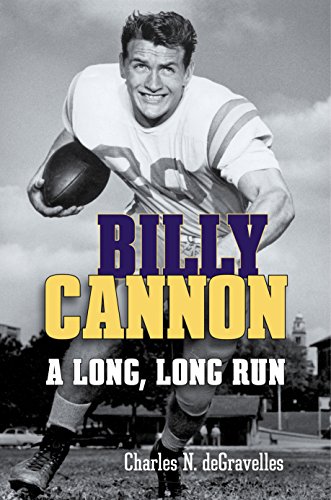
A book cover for Billy Cannon: A Long, Long Run; Charles N. deGravelles; Biographies & Memoirs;